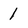
Character: 1